Civil Veterinary Dept. North-West Frontier Province 1933-46 - 1933-1946
Year: 1933
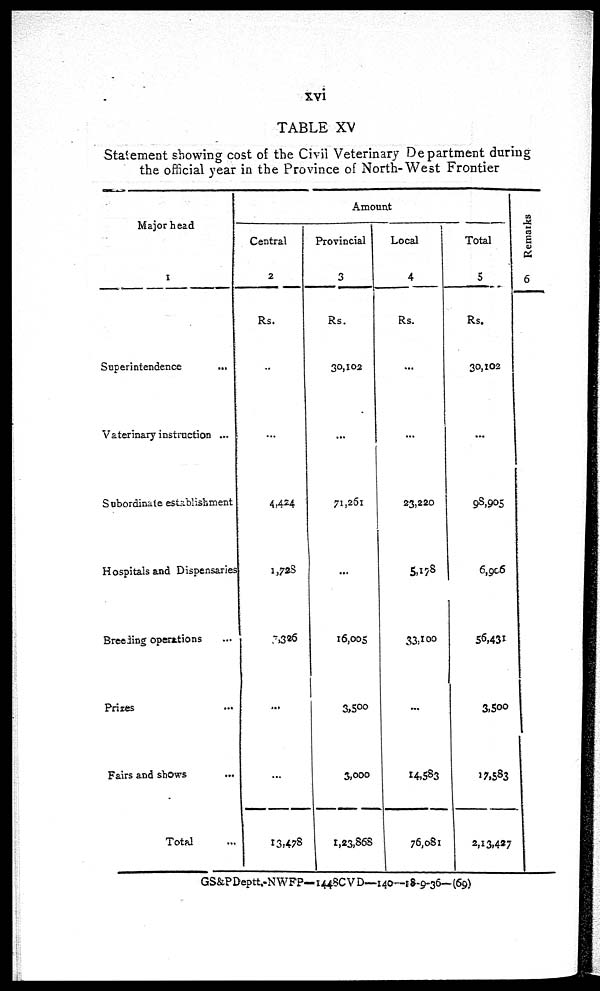
xvi
TABLE XV
Statement showing cost of the Civil Veterinary Department during
the official year in the Province of North-West Frontier
Major head
1
Superintendence
...
Vaterinary instruction ...
Subordinate establishment
Hospitals and Dispensaries
Breeding operations ...
Prizes ...
Fairs and shows ...
Total ...
Amount
Central
2
Rs.
...
...
4,424
1,728
7,326
...
...
13,478
Provincial
3
Rs.
30,102
...
71,261
...
16,005
3,500
3,000
1,23,868
Local
4
Rs.
...
...
23,220
5,178
33,100
...
14,583
76,081
Total
5
Rs.
30,102
...
98,905
6,906
56,431
3,500
17,583
2,13,427
Remarks
6
GS&PDeptt.-NWFP—1448CVD—140—18-9-36—(69)